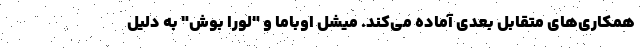
همکاری‌های متقابل بعدی آماده می‌کند. میشل اوباما و "لورا بوش" به دلیل